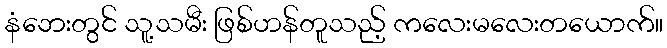
နံဘေးတွင် သူ့သမီး ဖြစ်ဟန်တူသည့် ကလေးမလေးတယောက်။